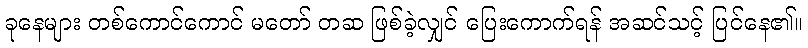
ခုနေများ တစ်ကောင်ကောင် မတော် တဆ ဖြစ်ခဲ့လျှင် ပြေးကောက်ရန် အဆင်သင့် ပြင်နေ၏။